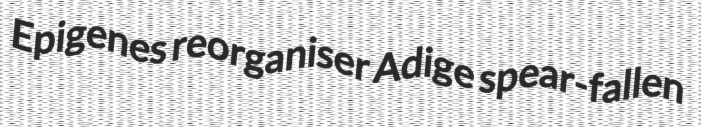
Epigenes reorganiser Adige spear-fallen